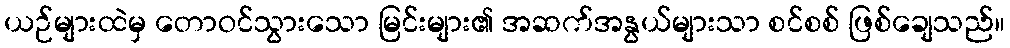
ယဉ်များထဲမှ တောဝင်သွားသော မြင်းများ၏ အဆက်အနွယ်များသာ စင်စစ် ဖြစ်ချေသည်။